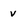
Character: v